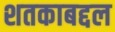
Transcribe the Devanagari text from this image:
शतकाबद्दल